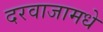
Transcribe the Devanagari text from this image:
दरवाजामधे